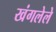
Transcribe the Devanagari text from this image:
खंगलेले